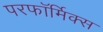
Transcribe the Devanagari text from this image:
परफॉर्मिक्स